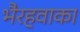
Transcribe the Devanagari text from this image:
भैरहवाका